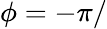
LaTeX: \phi=-\pi/